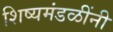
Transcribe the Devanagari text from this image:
शिष्यमंडळींनी